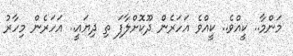
މަންމާ.. ކީއްވެ.. ކީއްވެ އަހަރެން ދޫކޮށްލާފަ ތި ދިޔައީ.. އަހަރެން މިހާރު